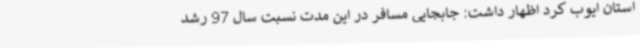
استان ایوب کرد اظهار داشت: جابجایی مسافر در این مدت نسبت سال 97 رشد